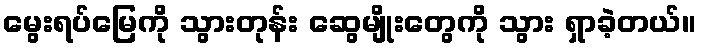
မွေးရပ်မြေကို သွားတုန်း ဆွေမျိုးတွေကို သွား ရှာခဲ့တယ်။